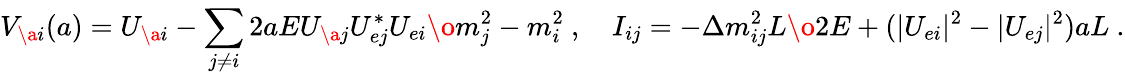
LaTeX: V_{\a i}(a)=U_{\a i}-\sum_{j\not=i}^{}2aE{U_{\a j}U_{ej}^{*}U_{ei}\o m_{j}^{2}-m_{i}^{2}}\ ,\quad I_{ij}=-{\Delta m_{ij}^{2}L\o 2E}+(|U_{ei}|^{2}-|U_{ej}|^{2})aL\ .